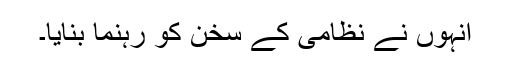
اُنہوں نے نظامی کے سُخن کو رہنما بنایا۔